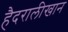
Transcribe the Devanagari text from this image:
हैदरालीखान